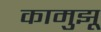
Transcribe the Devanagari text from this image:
कामुझू